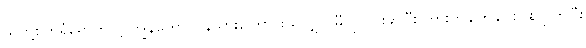
သူတို့စက်ရုံရောက်လို့ ကျွန်တော် ပြန်သွားကြောင်းသိလျှင် မီလို ငြားဆိုပြီး ကားကိုချက်ချင်းပြန်လွှတ်ပြီး